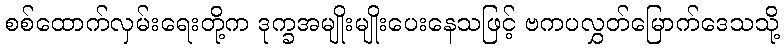
စစ်ထောက်လှမ်းရေးတို့က ဒုက္ခအမျိုးမျိုးပေးနေသဖြင့် ဗကပလွှတ်မြောက်ဒေသသို့